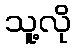
သူ့လို